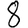
Digit: 8